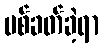
ပစ်ခတ်ခဲ့ရာ